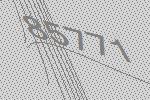
85771